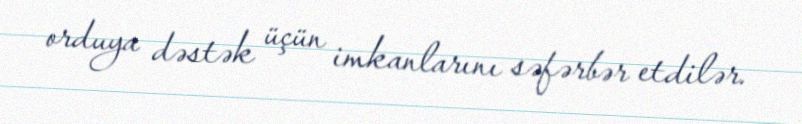
orduya dəstək üçün imkanlarını səfərbər etdilər.